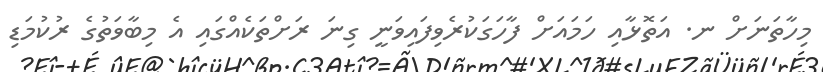
މިހާތަނަށް ނ. އަތޮޅާއި ހަމައަށް ފާހަގަކުރެވިފައިވަނީ ގިނަ ރަށްތަކެއްގައި އެ މިބާވަތުގެ ރުކުމަޑި